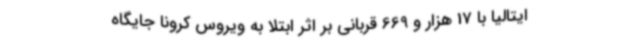
ایتالیا با 17 هزار و 669 قربانی بر اثر ابتلا به ویروس کرونا جایگاه